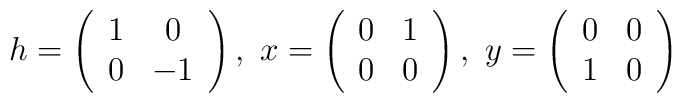
h =\left(\begin{array}{cc}1 & 0 \\0 & -1 \\\end{array}\right),\ x =\left(\begin{array}{cc}0 & 1 \\0 & 0 \\\end{array}\right),\  y = \left(\begin{array}{cc}0 & 0 \\1 & 0 \\\end{array}\right)